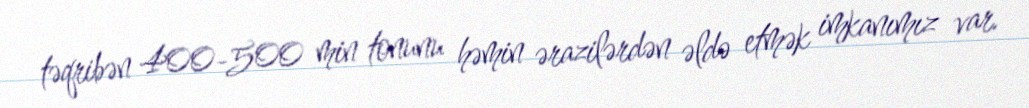
təqribən 400-500 min tonunu həmin ərazilərdən əldə etmək imkanımız var.